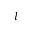
l